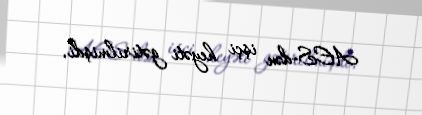
AES-dən işçi heyəti gətirilmişdi.